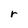
Character: r